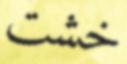
خشت